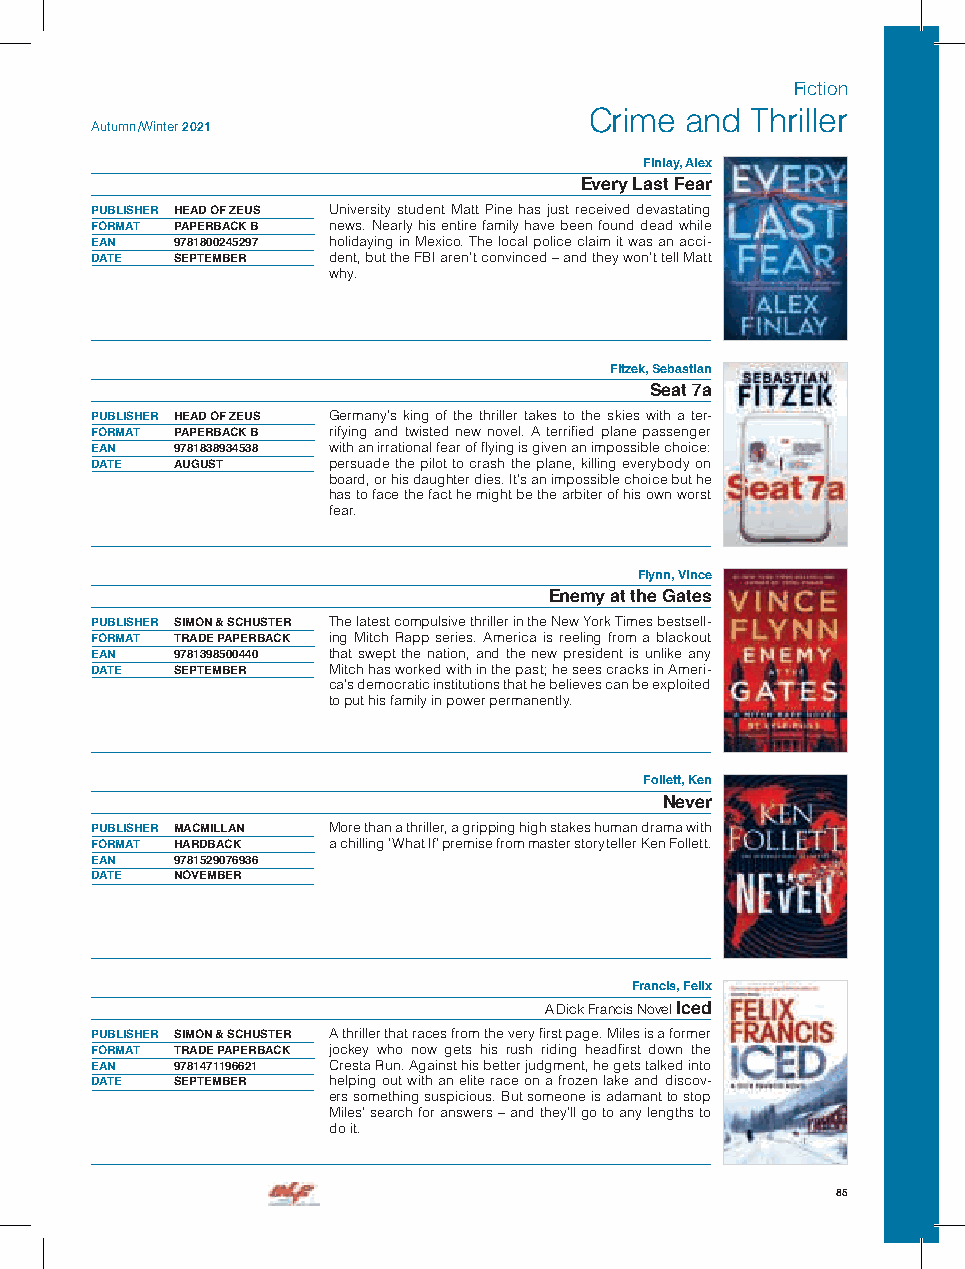
Fiction
 Crime and  Thriller
 Autumn /Winter 2021
 Finlay, Alex
 Every Last Fear
 PUBLISHER HEAD OF ZEUS University student Matt Pine has just received devastating
 FORMAT PAPERBACK B news. Nearly his entire family have been found dead while
 EAN  9781800245297 holidaying in Mexico. The local police claim it was an acci-
 DATE SEPTEMBER  dent, but the FBI aren’t convinced – and they won’t tell Matt
 why.
 Fitzek, Sebastian
 Seat 7a
 PUBLISHER HEAD OF ZEUS Germany’s king of the thriller takes to the skies with a ter-
 FORMAT PAPERBACK B rifying and twisted new novel. A terrified plane passenger
 EAN  9781838934538 with an irrational fear of flying is given an impossible choice:
 DATE AUGUST     persuade the pilot to crash the plane, killing everybody on
 board, or his daughter dies. It’s an impossible choice but he
 has to face the fact he might be the arbiter of his own worst
 fear.
 Flynn, Vince
 Enemy at the Gates
 PUBLISHER SIMON & SCHUSTER The latest compulsive thriller in the New York Times bestsell-
 FORMAT TRADE PAPERBACK ing Mitch Rapp series. America is reeling from a blackout
 EAN  9781398500440 that swept the nation, and the new president is unlike any
 DATE SEPTEMBER  Mitch has worked with in the past; he sees cracks in Ameri-
 ca’s democratic institutions that he believes can be exploited
 to put his family in power permanently.
 Follett, Ken
 Never
 PUBLISHER MACMILLAN More than a thriller, a gripping high stakes human drama with
 FORMAT HARDBACK a chilling ’What If’ premise from master storyteller Ken Follett.
 EAN  9781529076936
 DATE NOVEMBER
 Francis, Felix
 A Dick Francis Novel Iced
 PUBLISHER SIMON & SCHUSTER A thriller that races from the very first page. Miles is a former
 FORMAT TRADE PAPERBACK jockey who now gets his rush riding headfirst down the
 EAN  9781471196621 Cresta Run. Against his better judgment, he gets talked into
 DATE SEPTEMBER  helping out with an elite race on a frozen lake and discov-
 ers something suspicious. But someone is adamant to stop
 Miles’ search for answers – and they’ll go to any lengths to
 do it.
 85